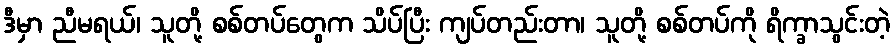
ဒီမှာ ညီမရယ်၊ သူတို့ စစ်တပ်တွေက သိပ်ပြီး ကျပ်တည်းတာ၊ သူတို့ စစ်တပ်ကို ရိက္ခာသွင်းတဲ့